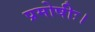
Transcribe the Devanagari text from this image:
प्रमोषीः।